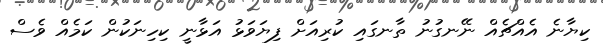
ކިޔާނެ އެއްޗެއް ނޭނގުނު ތާނގައި ކުރިއަށް ފިޔަވަޅު އަޅާނީ ކިހިނަކުން ކަމެއް ވެސް